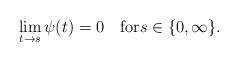
LaTeX: \begin{align*}\lim_{t\to s}\psi(t)=0\quad\mbox{for}s\in\{0,\infty\}.\end{align*}